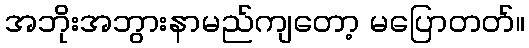
အဘိုးအဘွားနာမည်ကျတော့ မပြောတတ်။